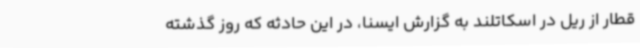
قطار از ریل در اسکاتلند به گزارش ایسنا، در این حادثه که روز گذشته